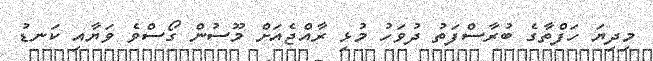
މިދިޔަ ހަފްތާގެ ބުރާސްފަތު ދުވަހު މުޅި ރާއްޖެއަށް މޫސުން ގޯސްވެ ވަޔާއި ކަނޑު